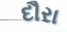
દૌરા